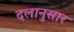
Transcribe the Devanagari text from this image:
दलानुसार